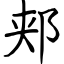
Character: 郏